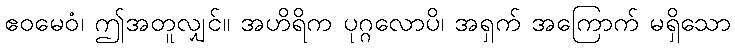
ဧဝမေဝံ၊ ဤအတူလျှင်။ အဟိရိက ပုဂ္ဂလောပိ၊ အရှက် အကြောက် မရှိသော